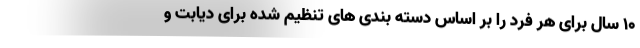
10 سال برای هر فرد را بر اساس دسته بندی های تنظیم شده برای دیابت و